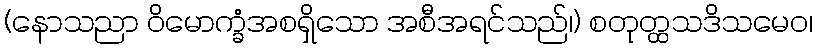
(နောသညာ ဝိမောက္ခံအစရှိသော အစီအရင်သည်၊) စတုတ္ထသဒိသမေဝ၊